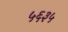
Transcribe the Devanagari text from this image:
५६३५